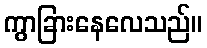
ကွာခြားနေလေသည်။